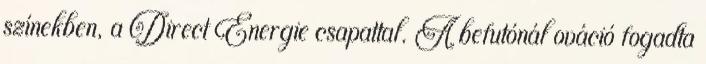
színekben, a Direct Énergie csapattal. A befutónál ováció fogadta